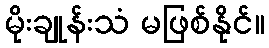
မိုးချုန်းသံ မဖြစ်နိုင်။